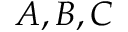
A , B , C